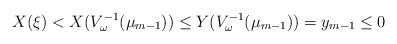
\begin{align*}X(\xi) < X(V_\omega^{-1}(\mu_{m-1})) \le Y(V_\omega^{-1}(\mu_{m-1})) = y_{m-1} \le 0\end{align*}